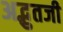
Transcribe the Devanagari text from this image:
अद्भुतजी